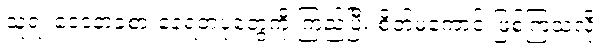
သူ့ရဲ့ ဝေဒနာခံစားနေရတဲ့ပုံတွေကို ကြည့်ပြီး စိတ်မကောင်းဖြစ်ကြသလို